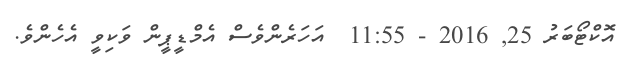
އޮކްޓޯބަރު 25